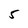
Character: 5